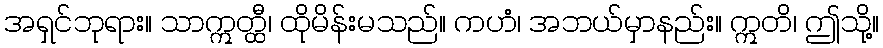
အရှင်ဘုရား။ သာဣတ္ထီ၊ ထိုမိန်းမသည်။ ကဟံ၊ အဘယ်မှာနည်း။ ဣတိ၊ ဤသို့။